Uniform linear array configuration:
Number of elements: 24
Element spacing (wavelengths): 0.25
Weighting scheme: hamming
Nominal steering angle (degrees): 30
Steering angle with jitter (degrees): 31.586
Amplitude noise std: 0.05
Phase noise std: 0.05

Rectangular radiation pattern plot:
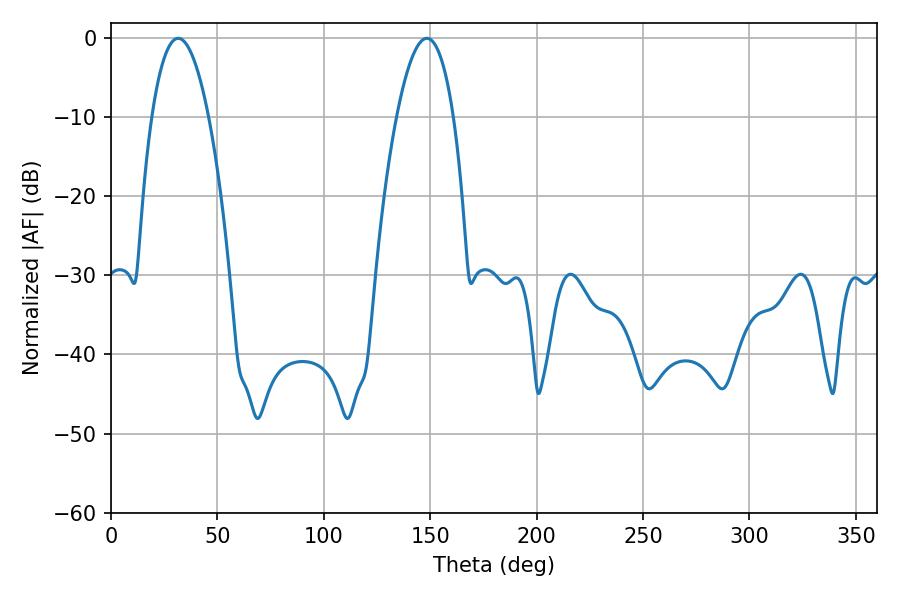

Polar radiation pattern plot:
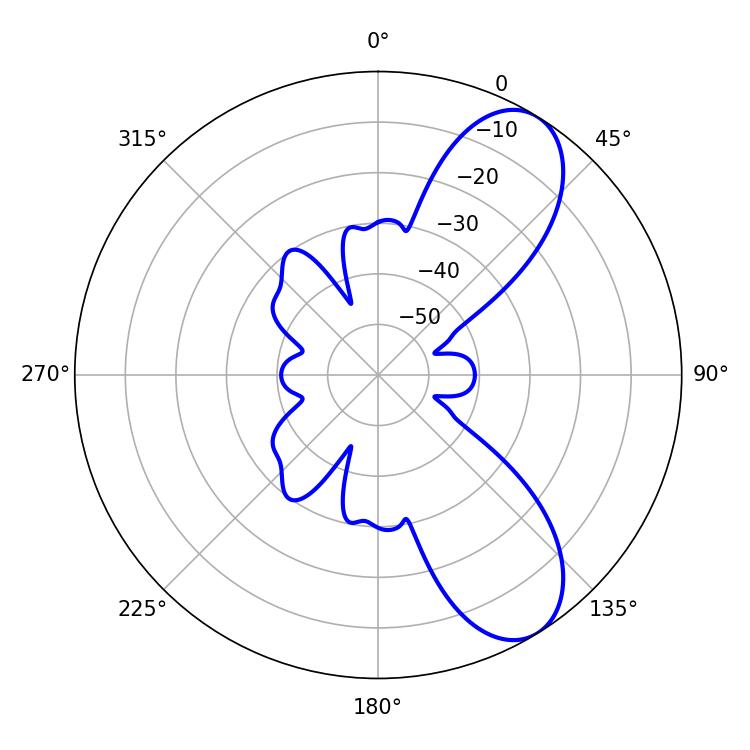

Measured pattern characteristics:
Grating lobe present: FALSE
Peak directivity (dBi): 8.374
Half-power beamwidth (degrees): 14.76
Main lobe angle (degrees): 31.5